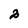
Character: 2